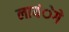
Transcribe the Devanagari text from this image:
लायंेगे